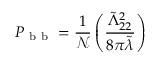
P _ { \mathrm { ~ b ~ b ~ } } = \frac { 1 } { \mathcal { N } } \left( \frac { \tilde { \Lambda } _ { 2 2 } ^ { 2 } } { 8 \pi \tilde { \lambda } } \right)